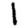
Digit: 1